system: You are a helpful assistant.
user:
Analyze the provided spectrum to determine if it is a **Carbon Star (C-type)**.

- **Key Visual Indicators of Carbon Star:**
    - **(Primary):** Strong molecular absorption from **C₂ (diatomic carbon) "Swan Bands."** This is the **defining feature** of a carbon star.
        - **(Key Bandheads):** Sharp absorption edges are visible at approximately $5635$ Å, $5165$ Å (the strongest band), and $4737$ Å.
        - **(Line Profile):** Creates a distinct **"saw-tooth"** pattern. The key morphology is a sharp, steep bandhead on the **red (long-wavelength) side**, which then gradually tapers off (i.e., flux recovers) towards the **blue (short-wavelength) side**. *(This is the direct opposite of the TiO bands seen in M-type stars)*.

    - **(Secondary):** Intense **CN (cyanogen)** molecular absorption bands.
        - **(Key Bandheads):** Located in the blue and violet regions of the spectrum (e.g., near $4215$ Å and $3883$ Å).
        - **(Morphology):** These bands are extremely broad and act as a "blanket," absorbing the vast majority of blue and violet light. This creates a characteristic **"cliff"** or **"steep drop-off"** in the spectrum's flux at short wavelengths.

    - **(Key Confirmation):** Strong **CH absorption band (G-band)**.
        - **(Key Bandhead):** Located around $4300$ Å. The contribution from CH molecules to this band is exceptionally strong.

    - **(Overall Spectrum):**
        - The continuum is severely "chopped up" by these deep molecular bands, especially C₂, rather than appearing as a smooth curve.
        - Due to the heavy CN and C₂ absorption in the blue-green, the vast majority of the star's flux is concentrated in the red part of the spectrum, giving the star its characteristic deep red color.

Think first, call **spectral_visualization_tool** if needed to examine features in detail, then provide your final answer. Your response must adhere to the following strict rules:
1.  **Overall Structure:** Your response must follow the format `<think>...</think> <tool_call>...</tool_call> (if a tool is used) <answer>...</answer>`.
2.  **Tool Usage Constraint:** You may only make **one** tool call per turn.
3.  **Final Answer Format:** In the `<answer>` tag, your conclusion must be inside a `\boxed{}` command (e.g., `\boxed{YES}`), followed by your justification.

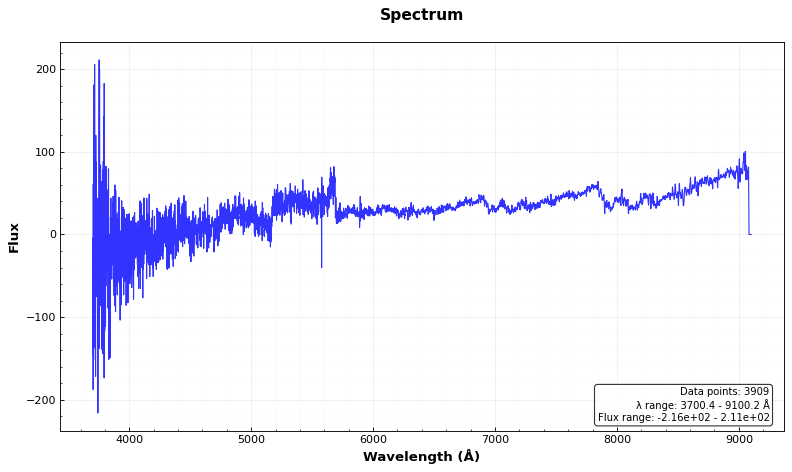
Answer: YES